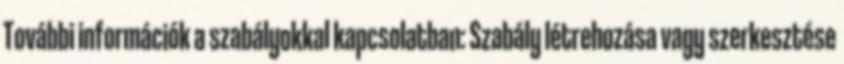
További információk a szabályokkal kapcsolatban: Szabály létrehozása vagy szerkesztése